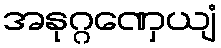
အနုဂ္ဂဏှေယျံ